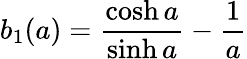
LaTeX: b_{1}(a)=\frac{\cosh a}{\sinh a}-\frac{1}{a}